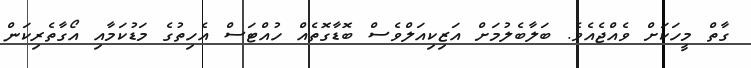
ގާތް މީހަކަށް ވެއްޖެއެވެ. ބަލާބެލުމަށް އަޒިކިއަލްވެސް ބޮޑާގޮތެއް ހުއްޓަސް އެހިތުގެ މަޑުކަމާއި އޯގާތެރިކަން